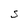
Character: S